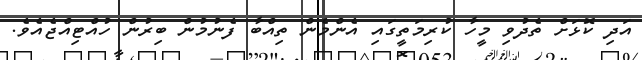
އަދި ކޮޅަށް ތެދުވި މީހާ ކުރިމަތީގައި އެންމެން ތިއްބާ ފެނުމުން ބިރުން ހުއްޓިއްޖެއެވެ.